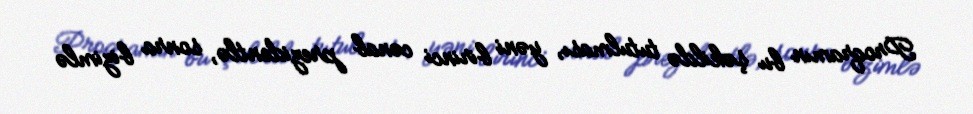
Proqramın bu şəkildə tutulması, yəni birinci cənab prezidentlə, sonra bizimlə